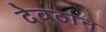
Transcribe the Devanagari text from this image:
देवठान